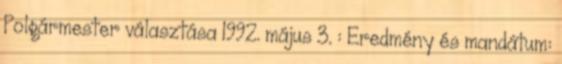
Polgármester választása 1992. május 3. : Eredmény és mandátum: